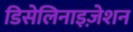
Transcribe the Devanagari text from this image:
डिसेलिनाइज़ेशन